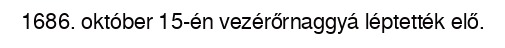
1686. október 15-én vezérőrnaggyá léptették elő.